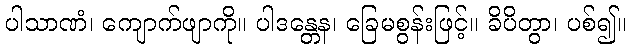
ပါသာဏံ၊ ကျောက်ဖျာကို။ ပါဒန္တေန၊ ခြေမစွန်းဖြင့်။ ခိပိတွာ၊ ပစ်၍။